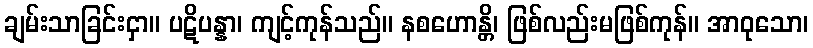
ချမ်းသာခြင်းငှာ။ ပဋိပန္နာ၊ ကျင့်ကုန်သည်။ နစဟောန္တိ၊ ဖြစ်လည်းမဖြစ်ကုန်။ အာဝုသော၊